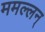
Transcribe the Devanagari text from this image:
ममल्लन्